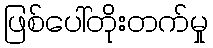
ဖြစ်ပေါ်တိုးတက်မှု